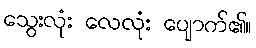
သွေးလုံး လေလုံး ပျောက်၏။